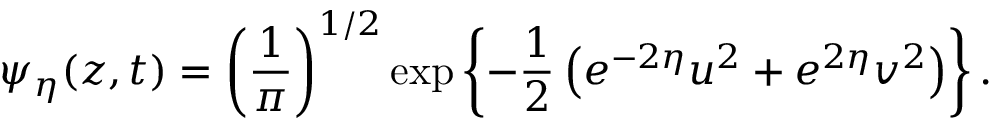
\psi _ { \eta } ( z , t ) = \left( { \frac { 1 } { \pi } } \right) ^ { 1 / 2 } \exp \left\{ - { \frac { 1 } { 2 } } \left( e ^ { - 2 \eta } u ^ { 2 } + e ^ { 2 \eta } v ^ { 2 } \right) \right\} .